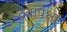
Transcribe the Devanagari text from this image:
द्रवापेक्षा